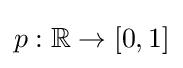
p:\mathbb {R} \to [0,1]